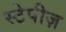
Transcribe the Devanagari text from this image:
स्टेपीज़